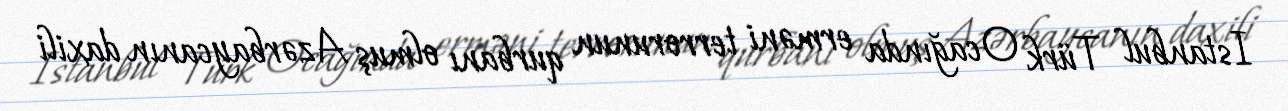
Istanbul Türk Ocağında erməni terrorunun qurbanı olmuş Azərbaycanın daxili